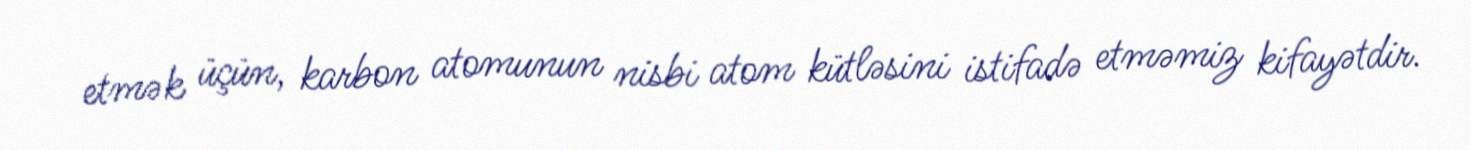
etmək üçün, karbon atomunun nisbi atom kütləsini istifadə etməmiz kifayətdir.